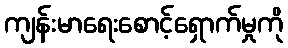
ကျန်းမာရေးစောင့်ရှောက်မှုကို